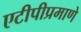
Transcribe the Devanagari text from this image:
एटीपीप्रमाणे